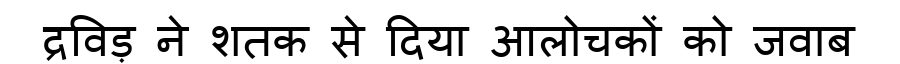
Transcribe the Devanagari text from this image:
द्रविड़ ने शतक से दिया आलोचकों को जवाब